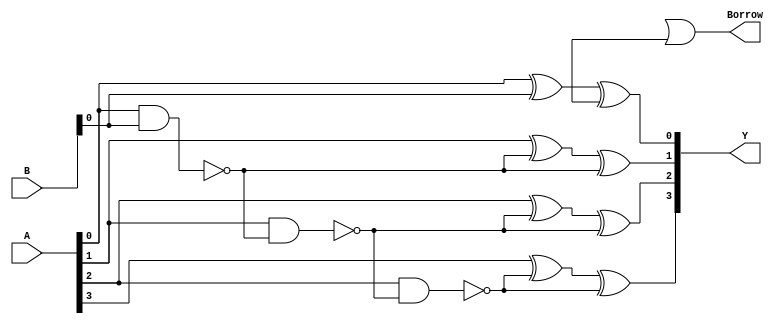
module gate_level_subtractor(
    input [3:0] A,
    input [3:0] B,
    output [3:0] Y,
    output Borrow
);

wire Cin;
wire [3:0] D;
wire [2:0] B_out;
wire [3:0] B_in;

xor gate1(D[0], A[0], B[0]);
and gate2(B_out[0], A[0], B[0]);
not gate3(B_in[0], B_out[0]);

xor gate4(D[1], A[1], B_in[0]);
and gate5(B_out[1], A[1], B_in[0]);
not gate6(B_in[1], B_out[1]);

xor gate7(D[2], A[2], B_in[1]);
and gate8(B_out[2], A[2], B_in[1]);
not gate9(B_in[2], B_out[2]);

xor gate10(D[3], A[3], B_in[2]);
and gate11(B_out[3], A[3], B_in[2]);
not gate12(B_in[3], B_out[3]);

xor gate13(Y[0], D[0], Cin);
xor gate14(Y[1], D[1], B_in[0]);
xor gate15(Y[2], D[2], B_in[1]);
xor gate16(Y[3], D[3], B_in[2]);

or gate17(Borrow, B_in[3], Cin);

endmodule